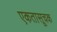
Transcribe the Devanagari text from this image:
एकतासूचक